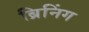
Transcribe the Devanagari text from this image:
ब्रिनिंग